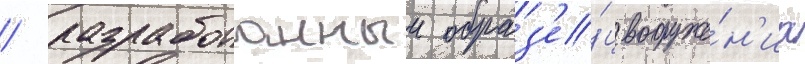
/ разработанныи образ'е́ц вооруже́н'иа